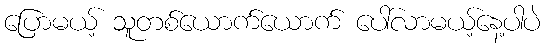
ပြောမယ့် သူတစ်ယောက်ယောက် ပေါ်လာမယ့်နေ့ပါပဲ